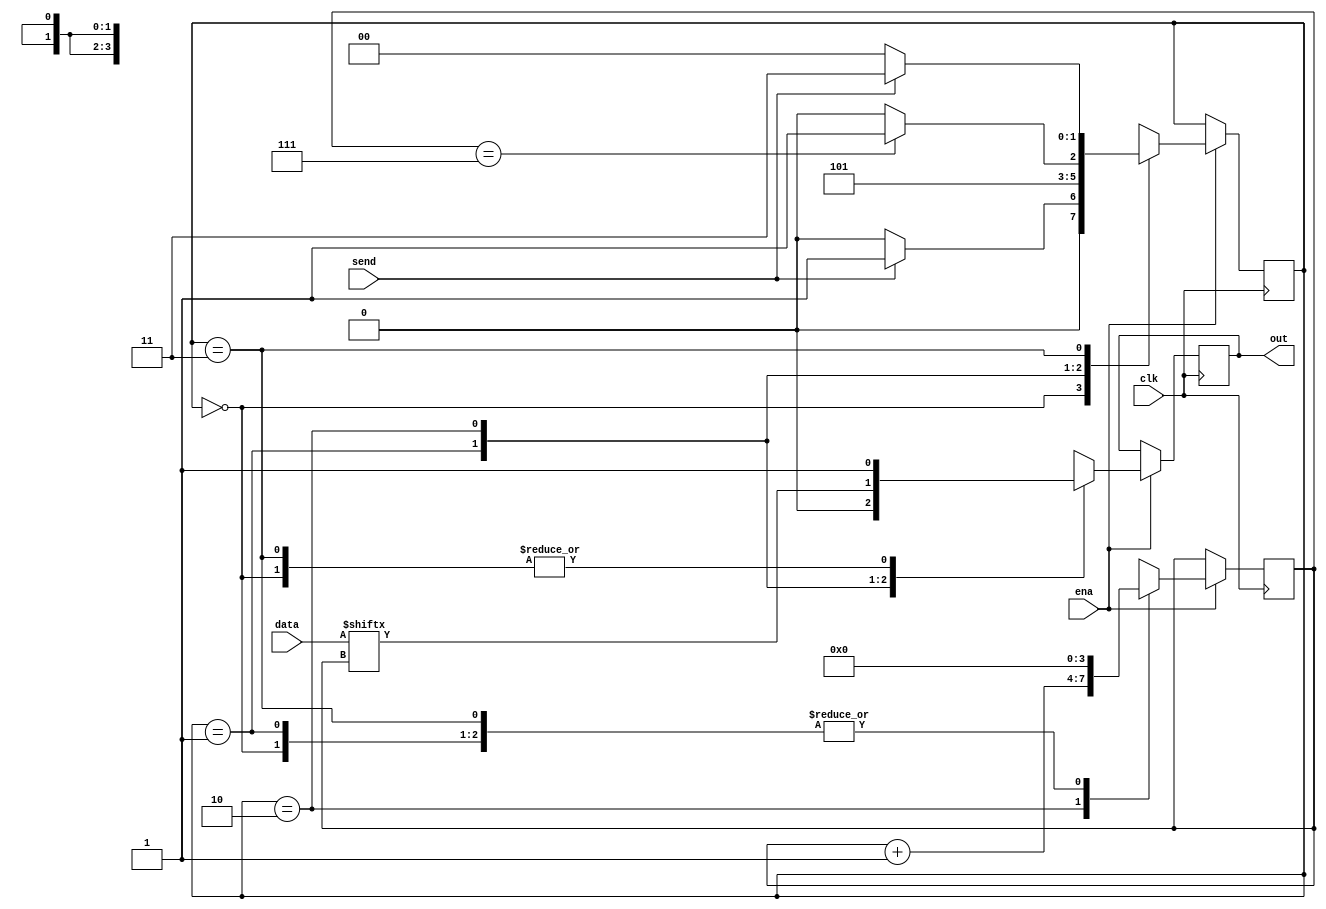
module Tx(
    input	clk, ena, send,
    input [7:0] data,
	output reg out
);


reg [3:0] cnt;
reg [1:0]state;
initial state = 2'b00;


// Declare states
parameter IDLE = 0, START_BIT = 1, SEND_GPIO = 2, STOP_BIT = 3;

always @ (posedge clk) begin
	if(ena) 
	begin
		case (state)
			IDLE:
				if (!send)
					state <= IDLE;
				else
					state <= START_BIT;
			START_BIT:
					state <= SEND_GPIO;
			SEND_GPIO:
				if (cnt == 4'b0111)
					state <= STOP_BIT;
				else
					state <= SEND_GPIO;
			STOP_BIT:
					if(send)
						state <= STOP_BIT;
					else
						state <= IDLE;
			default:
				state <= IDLE;
		endcase
	end
end


always @(posedge clk) 
begin
	if(ena) 
	begin
		case (state)
			IDLE:
			begin
				out   <= 1'b1; // IDLE
				cnt   <= 4'b0; // reset count
			end
			START_BIT:
			begin
				out   <= 1'b0;
				cnt   <= 4'b0;
			end
			SEND_GPIO:
			begin
				out   = data[cnt];
				cnt   = cnt+1'b1;
			end

			STOP_BIT:
			begin
				out   <= 1'b1;
				cnt   <= 4'b0;
			end
		endcase
	end
end 



endmodule